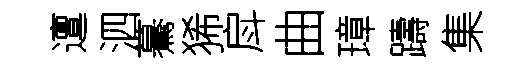
邅泗驀狶戽曲璋躊集